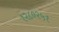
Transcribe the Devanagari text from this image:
१२८०२५१